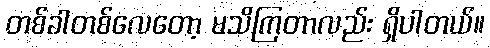
တစ်ခါတစ်လေတော့ မသိကြတာလည်း ရှိပါတယ်။